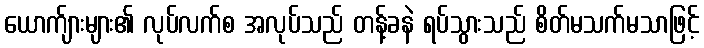
ယောက်ျားများ၏ လုပ်လက်စ အလုပ်သည် တန့်ခနဲ ရပ်သွားသည် စိတ်မသက်မသာဖြင့်